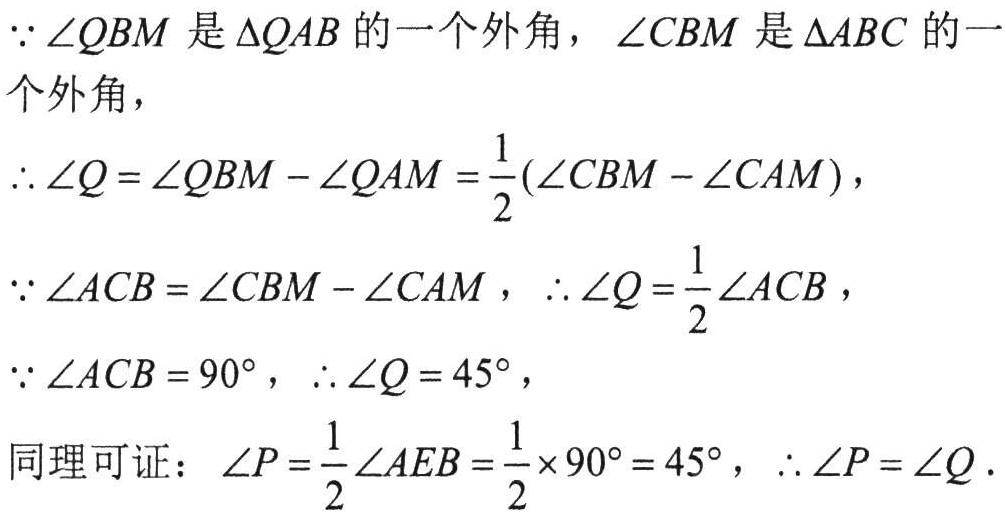
\(\because\angle QBM\) 是 \(\triangle QAB\) 的一个外角，\(\angle CBM\) 是 \(\triangle ABC\) 的一
个外角，
\(\therefore\angle Q=\angle QBM - \angle QAM=\frac{1}{2}(\angle CBM - \angle CAM)\),
\(\because\angle ACB=\angle CBM - \angle CAM\)，\(\therefore\angle Q=\frac{1}{2}\angle ACB\)，
\(\because\angle ACB = 90^{\circ}\)，\(\therefore\angle Q = 45^{\circ}\)，
同理可证：\(\angle P=\frac{1}{2}\angle AEB=\frac{1}{2}\times90^{\circ}=45^{\circ}\)，\(\therefore\angle P=\angle Q\).